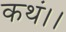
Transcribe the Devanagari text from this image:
कथं।।